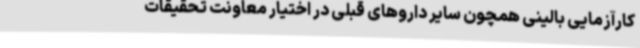
کارآزمایی بالینی همچون سایر داروهای قبلی در اختیار معاونت تحقیقات